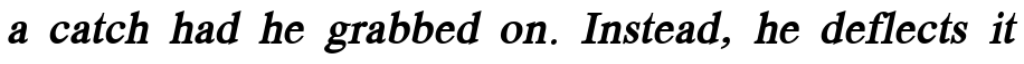
a catch had he grabbed on. Instead, he deflects it